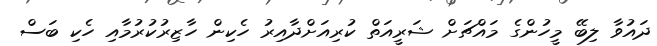
ދައުވާ ލިބޭ މީހުންގެ މައްޗަށް ޝަރީއަތް ކުރިއަށްދާއިރު ހެކިން ހާޒިރުކުރުމާއި ހެކި ބަސް